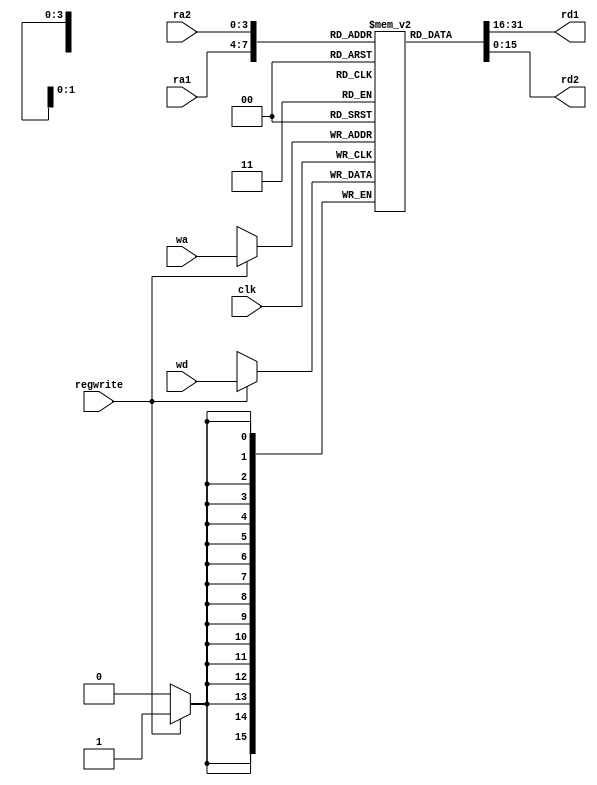
`timescale 1ns / 1ps
//////////////////////////////////////////////////////////////////////////////////
// Company: 
// Engineer: 
// 
// Design Name: 
// Module Name:    regFile 
// Project Name: 
// Target Devices: 
// Tool versions: 
// Description: 
//
// Dependencies: 
//
// Revision: 
// Revision 0.01 - File Created
// Additional Comments: 
//
//////////////////////////////////////////////////////////////////////////////////
module regfile #(parameter WIDTH = 16, REGBITS = 4)
                (input                clk, 
                 input                regwrite, 
                 input  [REGBITS-1:0] ra1, ra2, wa, 
                 input  [WIDTH-1:0]   wd, 
                 output [WIDTH-1:0]   rd1, rd2);

   reg  [WIDTH-1:0] RAM [(1<<REGBITS)-1:0]; 

//	initial
//	$readmemb("init.dat", RAM);
   // three ported register file
   // read two ports combinationally
   // write third port on rising edge of clock
   // register 0 hardwired to 0
   always @(posedge clk)
      if (regwrite) RAM[wa] <= wd;	

   assign rd1 = RAM[ra1];
   assign rd2 = RAM[ra2];
endmodule